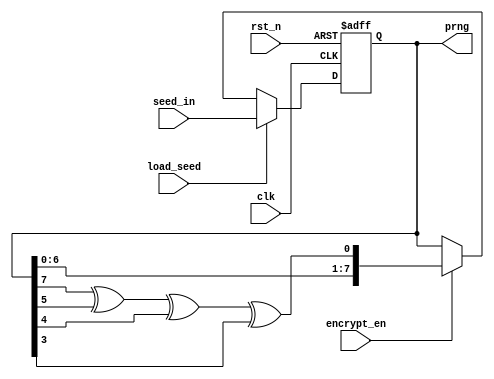

module prng(input rst_n,
            input clk,
            input load_seed,
            input [7:0] seed_in,
            input encrypt_en,
			output reg [7:0] prng);
				
    localparam SEED = 8'hCD; // default value for the SEED
	
	wire feedback;	
	assign feedback = prng[7] ^ prng[5] ^ prng[4] ^ prng[3];
	
	always @(posedge clk or negedge rst_n)
	begin
	    if(!rst_n)
		    prng <= SEED;
        else if (load_seed == 1'b1)
            prng <= seed_in;
	    else if (encrypt_en)
            prng <= {prng[6:0],feedback};	
	end

endmodule